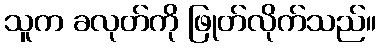
သူက ခလုတ်ကို ဖြုတ်လိုက်သည်။